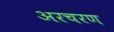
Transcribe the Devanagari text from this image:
अरचरण